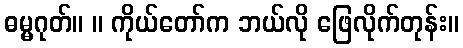
ဓမ္မဂုတ်။ ။ ကိုယ်တော်က ဘယ်လို ဖြေလိုက်တုန်း။